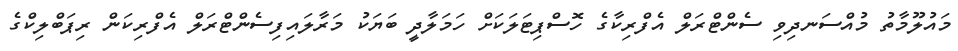
މައުލޫމާތު މުއްސަނދިވި ސެންޓްރަލް އެފްރިކާގެ ހޮސްޕިޓަލަކަށް ހަމަލާދީ ބަޔަކު މަރާލައިފިސެންޓްރަލް އެފްރިކަން ރިޕަބްލިކްގެ